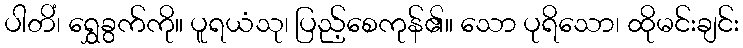
ပါတိံ၊ ရွှေခွက်ကို။ ပူရယံသု၊ ပြည့်စေကုန်၏။ သော ပုရိသော၊ ထိုမင်းချင်း